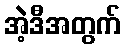
အဲ့ဒီအတွက်